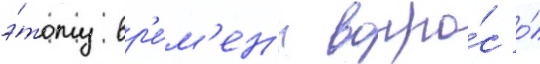
э́тому вр'е́м'ен'и вопро́с о́